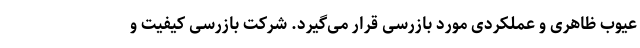
عیوب ظاهری و عملکردی مورد بازرسی قرار می‌گیرد. شرکت بازرسی کیفیت و